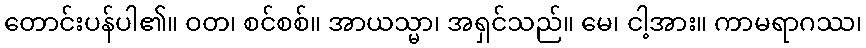
တောင်းပန်ပါ၏။ ဝတ၊ စင်စစ်။ အာယသ္မာ၊ အရှင်သည်။ မေ၊ ငါ့အား။ ကာမရာဂဿ၊